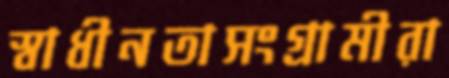
স্বাধীনতাসংগ্রামীরা